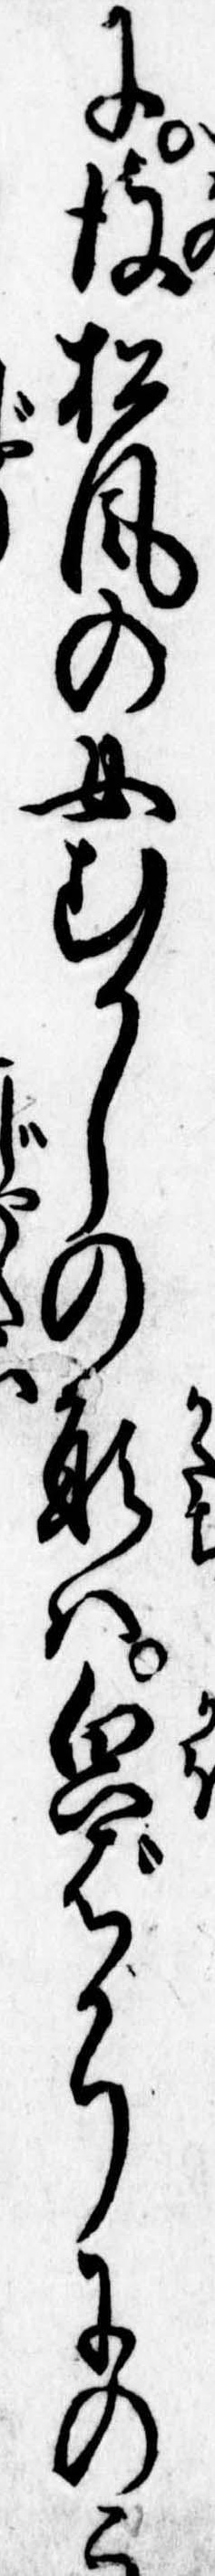
に彼松風の女むかしの形は貌ばかりにのこ